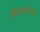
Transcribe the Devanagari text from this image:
वितरणांचा